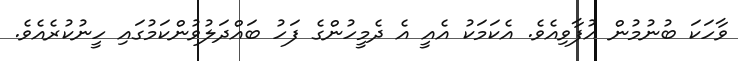
ވާހަކަ ބުނުމުން އުފާވިއެވެ. އެކަމަކު އެއީ އެ ދެމީހުންގެ ފަހު ބައްދަލުވުންކަމުގައި ހީނުކުރެއެވެ.